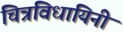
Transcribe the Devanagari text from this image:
चित्रविधायिनी